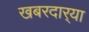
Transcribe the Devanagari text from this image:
खबरदार्‍या